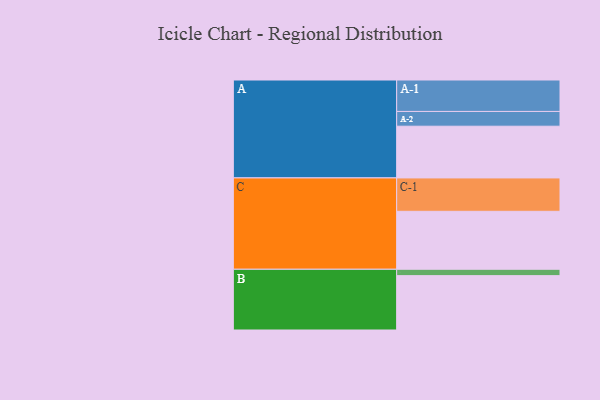
{"axis": {"x": "Segment", "y": "Value"}, "legend": ["", "A", "B", "C"], "data": [{"x": "A", "y": 431, "type": ""}, {"x": "B", "y": 453, "type": ""}, {"x": "C", "y": 483, "type": ""}, {"x": "A-1", "y": 262, "type": "A"}, {"x": "A-2", "y": 123, "type": "A"}, {"x": "B-1", "y": 53, "type": "B"}, {"x": "C-1", "y": 278, "type": "C"}]}